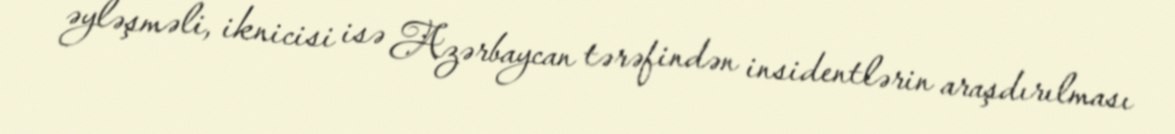
əyləşməli, iknicisi isə Azərbaycan tərəfindən insidentlərin araşdırılması